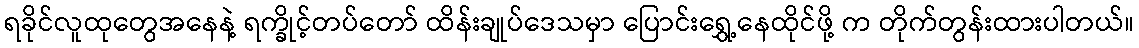
ရခိုင်လူထုတွေအနေနဲ့ ရက္ခိုင့်တပ်တော် ထိန်းချုပ်ဒေသမှာ ပြောင်းရွှေ့နေထိုင်ဖို့ က တိုက်တွန်းထားပါတယ်။